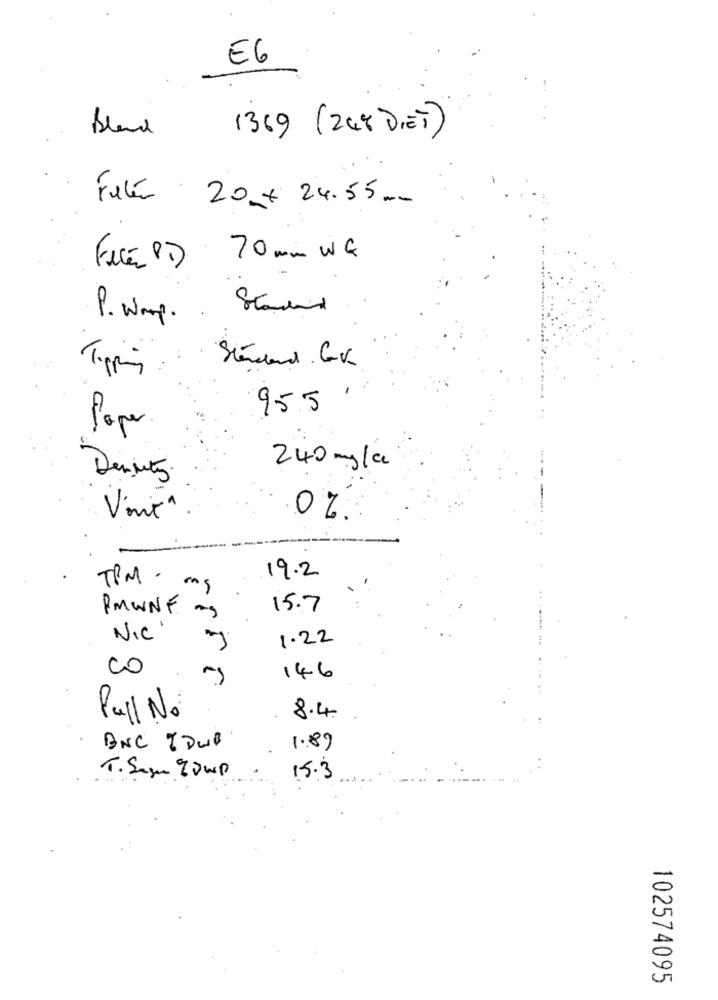
E6
Bland 1369 ( 24't DIET)
Fetés 20 + 24.55 ..
Filé PT) 70 mm WG
P. wmp .. Staded.
Topping
Standard.Gv
955
Paper.
240 mg/a
Vint"
0%
19.2
TPM.
mg
15.7
PMWNF -
NIC'
1.22
Co
146
Pull No
8.4
BNC IDWB
1.89
15.3
T. Segue IJup
102574095